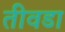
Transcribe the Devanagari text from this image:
तीवडा